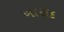
ખારોદ